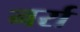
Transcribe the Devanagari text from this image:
नर्रा